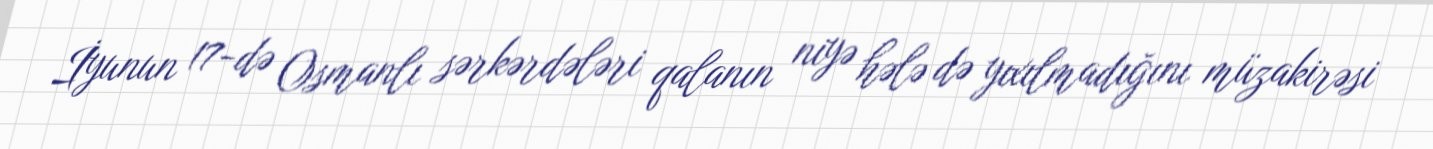
İyunun 17-də Osmanlı sərkərdələri qalanın niyə hələ də yıxılmadığını müzakirəsi